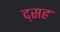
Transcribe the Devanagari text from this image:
द्सह